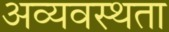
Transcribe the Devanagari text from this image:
अव्यवस्थता